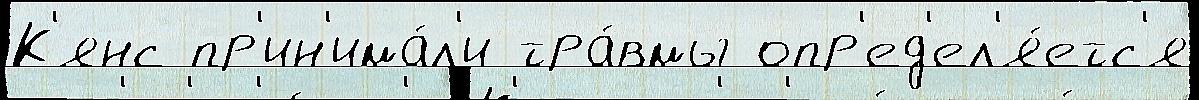
К'янс пр'ин'има́л'и тра́вмы опр'ед'ел'я́етс'я